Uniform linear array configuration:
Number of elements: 32
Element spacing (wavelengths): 0.75
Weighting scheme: cosine
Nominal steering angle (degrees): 60
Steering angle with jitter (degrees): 59.756
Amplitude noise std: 0.05
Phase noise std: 0.05

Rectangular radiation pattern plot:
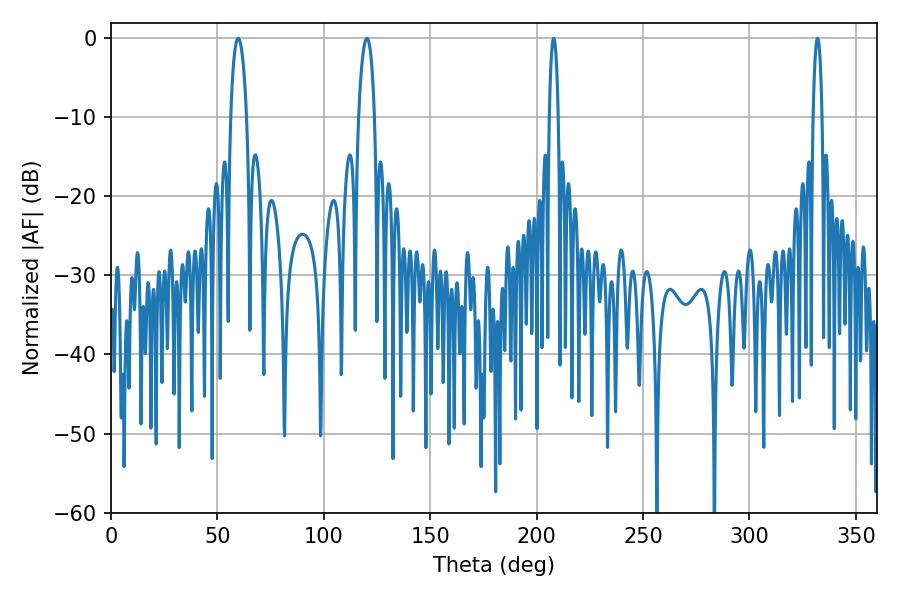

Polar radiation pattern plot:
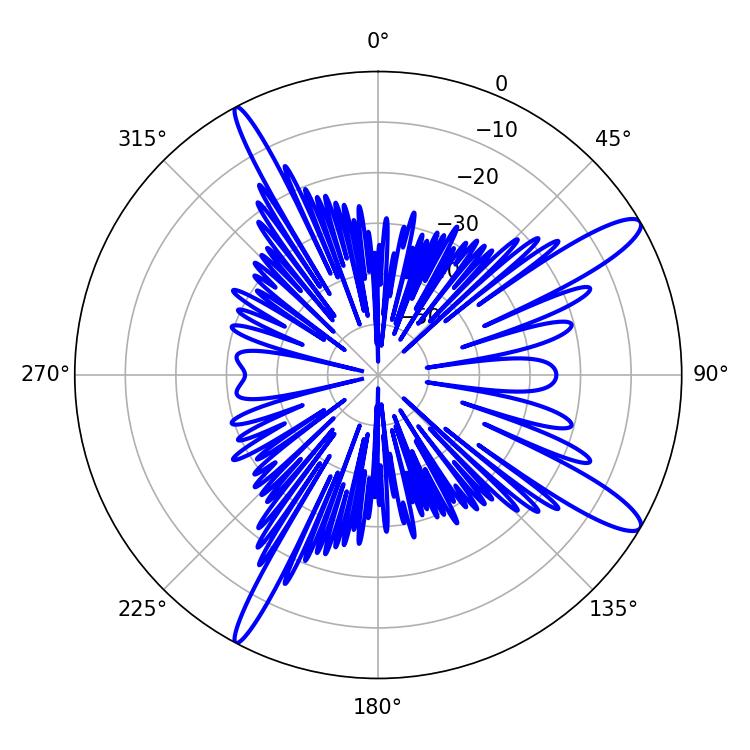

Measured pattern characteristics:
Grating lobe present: TRUE
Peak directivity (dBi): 13.057
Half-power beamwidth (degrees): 4.14
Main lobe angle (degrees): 59.76